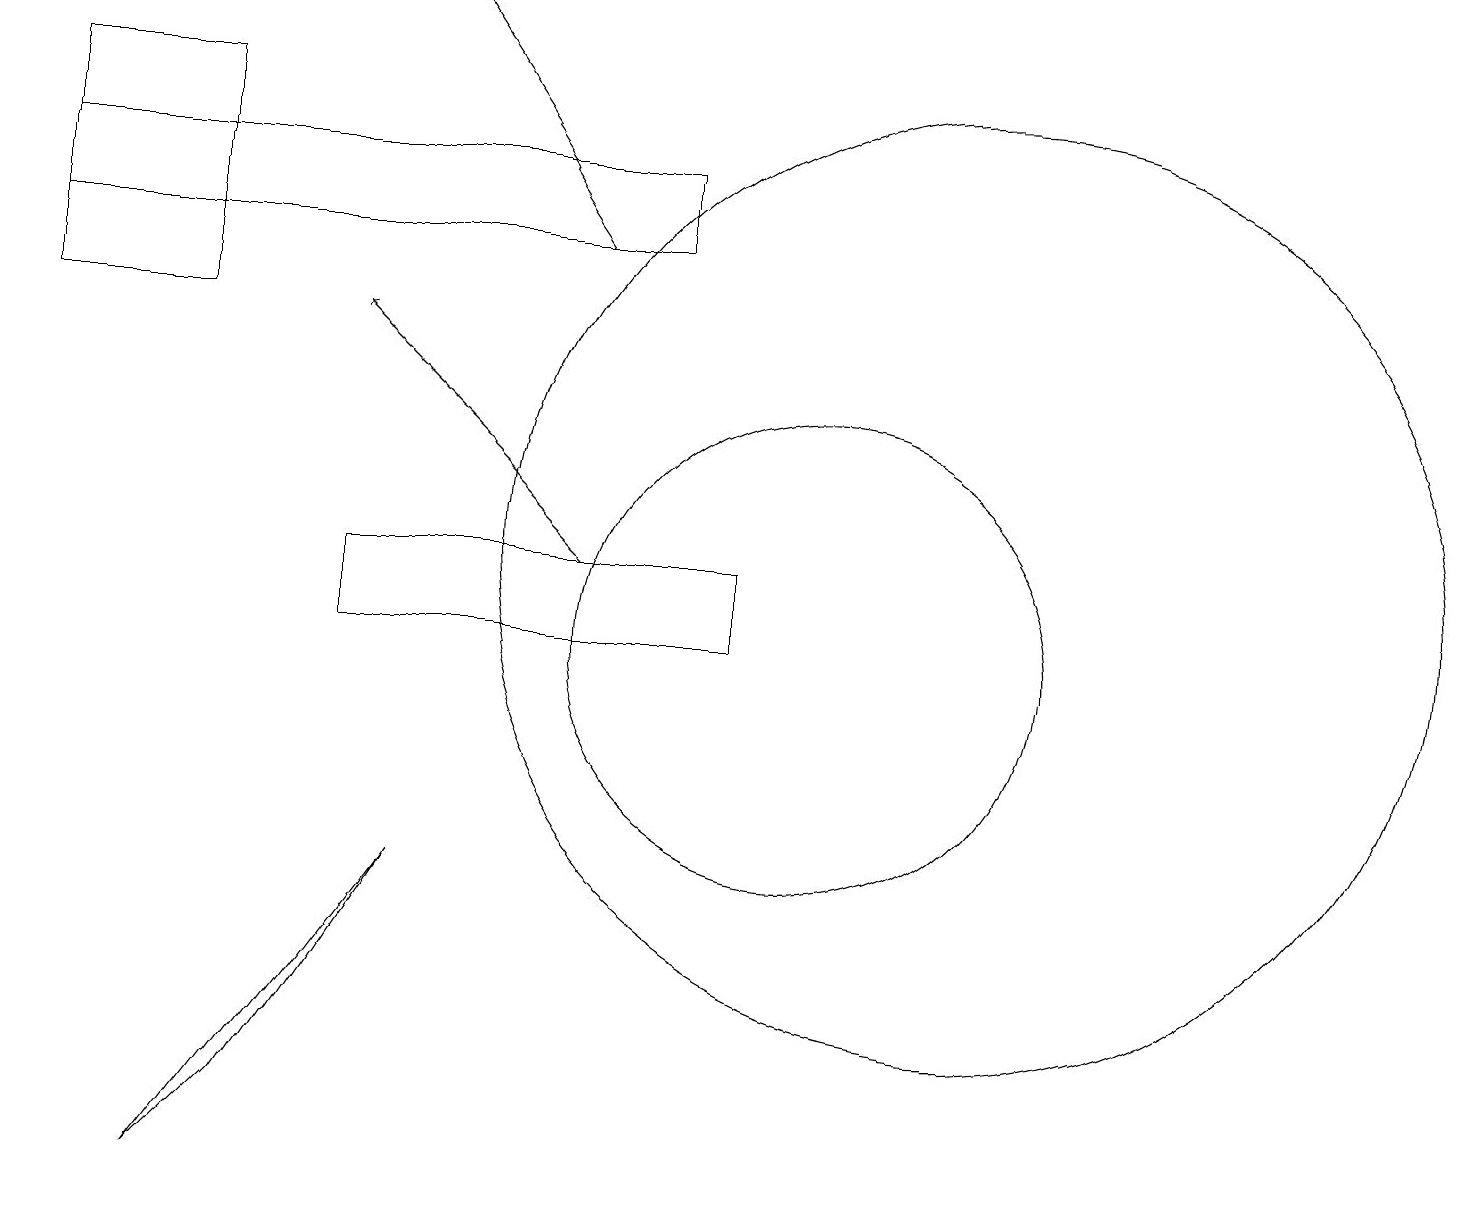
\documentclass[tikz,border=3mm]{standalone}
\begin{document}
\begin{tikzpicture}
\draw[->] (7,11) -- (4,14);
\draw (10,10) circle (3);
\draw[->] (7,15) -- (5,18);
\draw (5,7) -- (3,4) -- (2,3) -- cycle;
\draw (9,10) rectangle (4,11);
\draw (12,11) circle (6);
\draw (0,15) rectangle (8,16);
\draw (2,14) rectangle (0,17);
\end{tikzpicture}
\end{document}